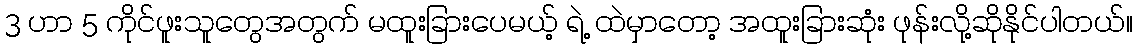
3 ဟာ 5 ကိုင်ဖူးသူတွေအတွက် မထူးခြားပေမယ့် ရဲ့ ထဲမှာတော့ အထူးခြားဆုံး ဖုန်းလို့ဆိုနိုင်ပါတယ်။